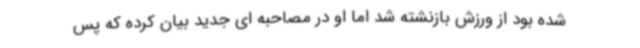
شده بود از ورزش بازنشته شد اما او در مصاحبه ای جدید بیان کرده که پس